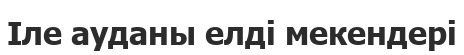
Іле ауданы елді мекендері